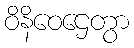
ဝိနိဝေဌေတွာ